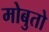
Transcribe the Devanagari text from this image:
मोबुतो